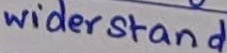
Text: widerstand